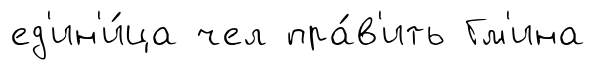
ед'ин'и́ца чел пра́в'ить Гм'ина